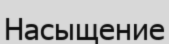
Насыщение